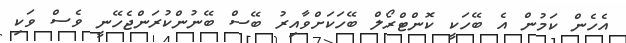
އެހެން ކަމުން އެ ބޭހަކީ ކޮންޓްރޯލް ބޭހަކަށްވާއިރު ބޭސް ބޭނުންކުރަންޖެހޭނީ ވެސް ވަކި